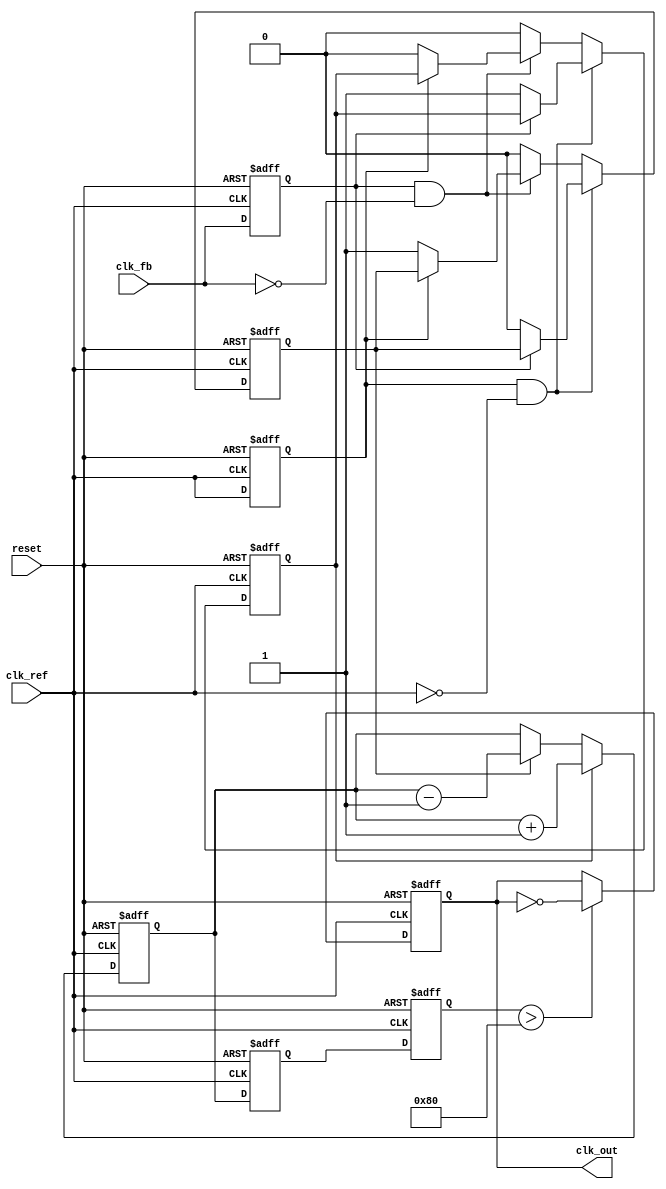
module PLL (
    input wire clk_ref,        // Reference clock input
    input wire clk_fb,         // Feedback clock input
    input wire reset,          // Asynchronous reset
    output reg clk_out         // Output clock
);

// Phase Frequency Detector (PFD) signals
reg pfd_up, pfd_down;
reg pfd_clk_ref_last, pfd_clk_fb_last;

// Charge Pump signals
reg [7:0] charge_pump_output; // Charge pump output voltage (simplified)
wire charge_pump_up, charge_pump_down;

// Loop Filter (simple first-order for demonstration)
reg [7:0] loop_filter_output; // Loop filter output voltage

// Voltage-Controlled Oscillator (VCO)
reg [7:0] vco_output; // VCO output frequency (simplified)

// Feedback division ratio (for demonstration)
parameter DIV_RATIO = 4;

// PFD Logic
always @(posedge clk_ref or posedge reset) begin
    if (reset) begin
        pfd_up <= 0;
        pfd_down <= 0;
        pfd_clk_ref_last <= 0;
        pfd_clk_fb_last <= 0;
    end else begin
        pfd_clk_ref_last <= clk_ref;
        pfd_clk_fb_last <= clk_fb;

        // PFD logic
        if (pfd_clk_ref_last && !clk_ref) begin // Rising edge of clk_ref
            if (!pfd_clk_fb_last) begin // clk_fb is low
                pfd_up <= 1; // Reference clock is leading
                pfd_down <= 0;
            end
        end else if (pfd_clk_fb_last && !clk_fb) begin // Rising edge of clk_fb
            if (!pfd_clk_ref_last) begin // clk_ref is low
                pfd_down <= 1; // Feedback clock is leading
                pfd_up <= 0;
            end
        end else begin
            pfd_up <= 0;
            pfd_down <= 0;
        end
    end
end

// Charge Pump Logic
assign charge_pump_up = pfd_up;
assign charge_pump_down = pfd_down;

always @(posedge clk_ref or posedge reset) begin
    if (reset) begin
        charge_pump_output <= 8'b0;
    end else begin
        if (charge_pump_up) begin
            charge_pump_output <= charge_pump_output + 1; // Increase charge
        end else if (charge_pump_down) begin
            charge_pump_output <= charge_pump_output - 1; // Decrease charge
        end
    end
end

// Loop Filter Logic (simple integration)
always @(posedge clk_ref or posedge reset) begin
    if (reset) begin
        loop_filter_output <= 8'b0;
    end else begin
        loop_filter_output <= charge_pump_output; // Simplified loop filter
    end
end

// Voltage-Controlled Oscillator (VCO) Logic
always @(posedge clk_ref or posedge reset) begin
    if (reset) begin
        vco_output <= 8'b0;
        clk_out <= 0;
    end else begin
        // VCO output frequency is determined by loop filter output
        vco_output <= loop_filter_output;
        // Generate output clock based on VCO output (simplified)
        if (vco_output > 128) begin
            clk_out <= ~clk_out; // Toggle output clock
        end
    end
end

endmodule